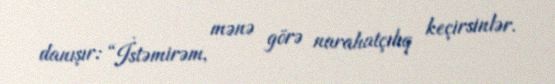
danışır: “İstəmirəm, mənə görə narahatçılıq keçirsinlər.